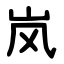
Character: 岚